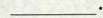
___.